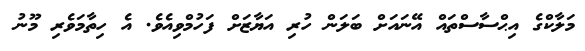
މަލާކްގެ އިޙްސާސްތައް އޭނައަށް ބަލަން ހުރި އަޔާޒަށް ފަހުމްވިއެވެ. އެ ހިތާމަވެރި މޫނު